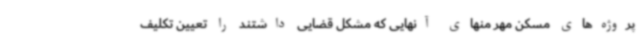
پروژه‌های مسکن مهر منهای آنهایی که مشکل قضایی داشتند را تعیین تکلیف